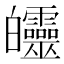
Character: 𤿅